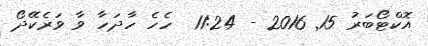
އޮކްޓޯބަރު 15